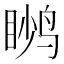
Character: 𬸙